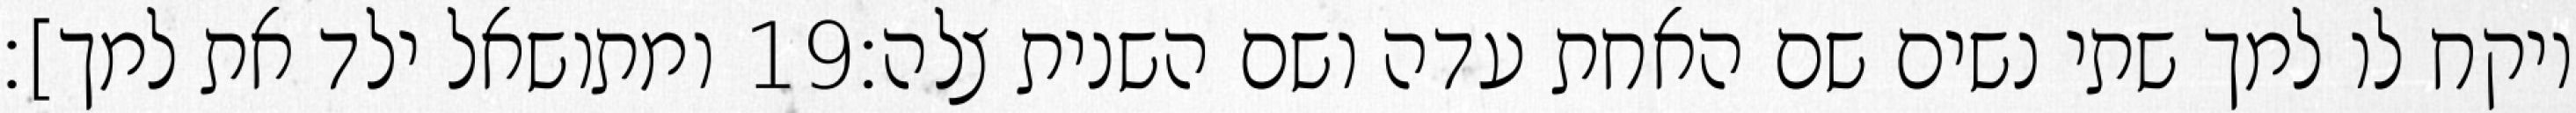
ומתושאל ילד את למך]׃ ‎19‏ ויקח לו למך שתי נשים שם האחת עדה ושם השנית צלה׃